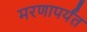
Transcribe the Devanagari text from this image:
मरणापर्यंत